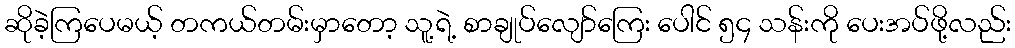
ဆိုခဲ့ကြပေမယ့် တကယ်တမ်းမှာတော့ သူ့ရဲ့ စာချုပ်လျော်ကြေး ပေါင် ၅၄ သန်းကို ပေးအပ်ဖို့လည်း